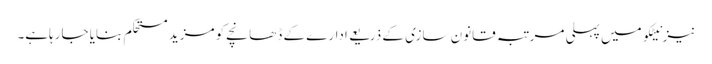
نیز نیٹکو میں پہلی مرتبہ قانون سازی کے ذریعے ادارے کے ڈھانچے کو مزید مستحکم بنایا جارہاہے۔